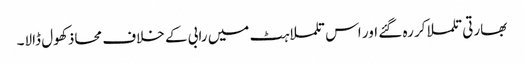
بھارتی تلملا کر رہ گئے اور اس تلملاہٹ میں رابی کے خلاف محاذ کھول ڈالا۔